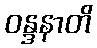
ဝန္ဒနာတိ